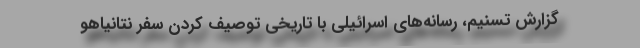
گزارش تسنیم، رسانه‌های اسرائیلی با تاریخی توصیف کردن سفر نتانیاهو